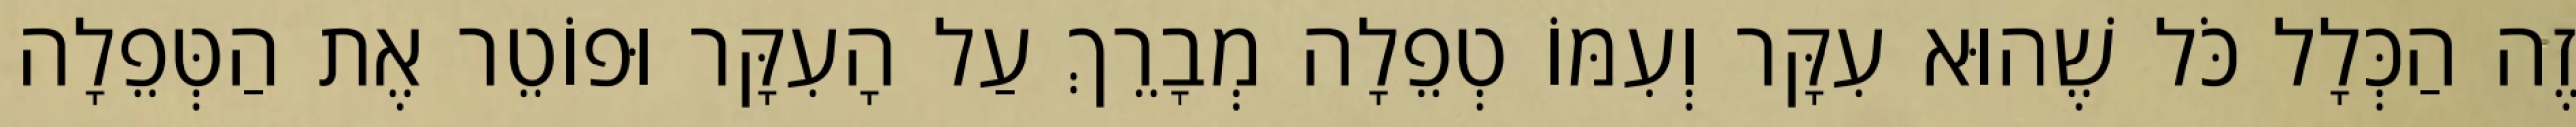
זֶה הַכְּלָל כֹּל שֶׁהוּא עִקָּר וְעִמּוֹ טְפֵלָה מְבָרֵךְ עַל הָעִקָּר וּפוֹטֵר אֶת הַטְּפֵלָה